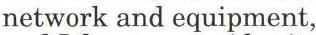
network and equipment,